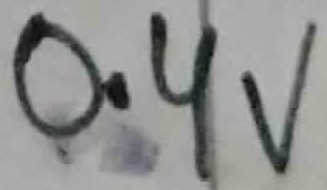
Text: 0.4V